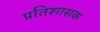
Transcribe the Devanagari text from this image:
प्रतिशासक